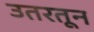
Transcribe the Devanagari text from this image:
उतरतून